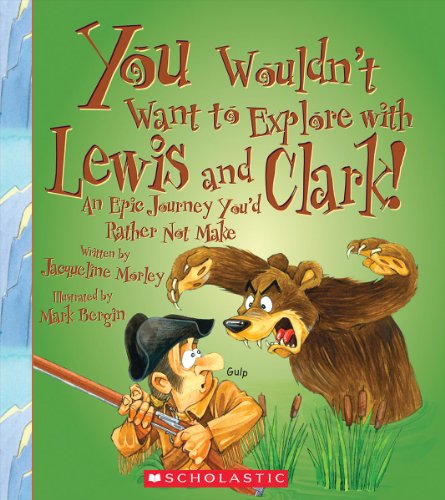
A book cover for You Wouldn't Want to Explore With Lewis and Clark!: An Epic Journey You'd Rather Not Make; Jacqueline Morley; Children's Books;